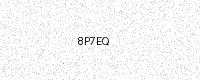
Text: 8P7EQ